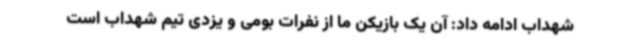
شهداب ادامه داد: آن یک بازیکن ما از نفرات بومی و یزدی تیم شهداب است